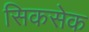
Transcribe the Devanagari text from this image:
सिकसेक